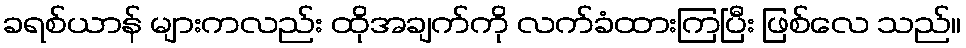
ခရစ်ယာန် များကလည်း ထိုအချက်ကို လက်ခံထားကြပြီး ဖြစ်လေ သည်။